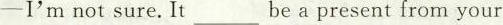
-I'm not sure. It___be a present from your